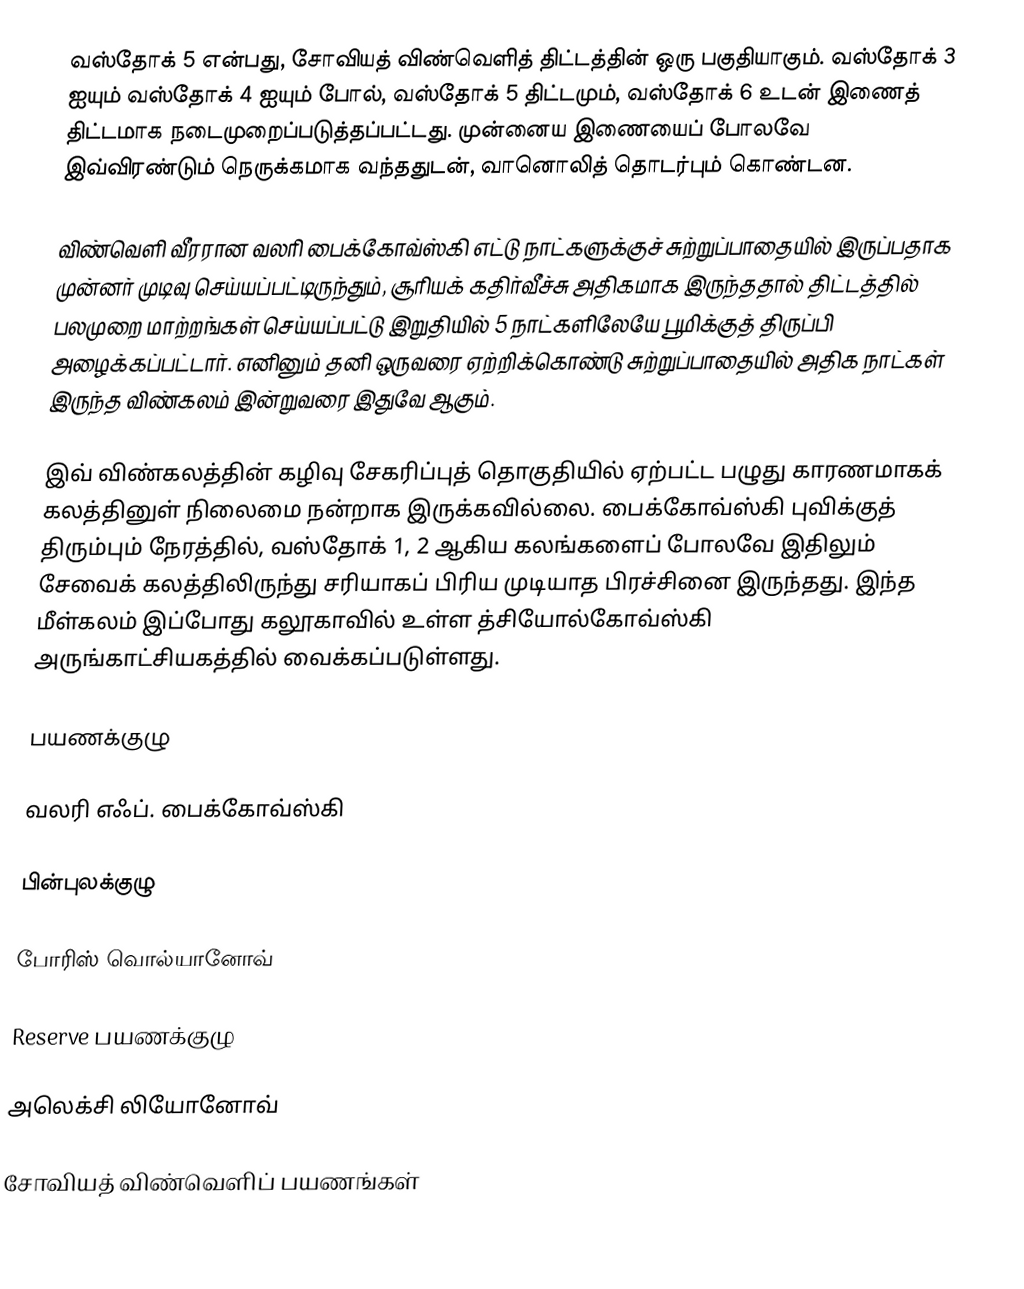
வஸ்தோக் 5 என்பது, சோவியத் விண்வெளித் திட்டத்தின் ஒரு பகுதியாகும். வஸ்தோக் 3 ஐயும் வஸ்தோக் 4 ஐயும் போல், வஸ்தோக் 5 திட்டமும், வஸ்தோக் 6 உடன் இணைத் திட்டமாக நடைமுறைப்படுத்தப்பட்டது. முன்னைய இணையைப் போலவே இவ்விரண்டும் நெருக்கமாக வந்ததுடன், வானொலித் தொடர்பும் கொண்டன.

விண்வெளி வீரரான வலரி பைக்கோவ்ஸ்கி எட்டு நாட்களுக்குச் சுற்றுப்பாதையில் இருப்பதாக முன்னர் முடிவு செய்யப்பட்டிருந்தும், சூரியக் கதிர்வீச்சு அதிகமாக இருந்ததால் திட்டத்தில் பலமுறை மாற்றங்கள் செய்யப்பட்டு இறுதியில் 5 நாட்களிலேயே பூமிக்குத் திருப்பி அழைக்கப்பட்டார். எனினும் தனி ஒருவரை ஏற்றிக்கொண்டு சுற்றுப்பாதையில் அதிக நாட்கள் இருந்த விண்கலம் இன்றுவரை இதுவே ஆகும்.

இவ் விண்கலத்தின் கழிவு சேகரிப்புத் தொகுதியில் ஏற்பட்ட பழுது காரணமாகக் கலத்தினுள் நிலைமை நன்றாக இருக்கவில்லை. பைக்கோவ்ஸ்கி புவிக்குத் திரும்பும் நேரத்தில், வஸ்தோக் 1, 2 ஆகிய கலங்களைப் போலவே இதிலும் சேவைக் கலத்திலிருந்து சரியாகப் பிரிய முடியாத பிரச்சினை இருந்தது. இந்த மீள்கலம் இப்போது கலூகாவில் உள்ள த்சியோல்கோவ்ஸ்கி அருங்காட்சியகத்தில் வைக்கப்படுள்ளது.

பயணக்குழு

 வலரி எஃப். பைக்கோவ்ஸ்கி

பின்புலக்குழு

 போரிஸ் வொல்யானோவ்

Reserve பயணக்குழு

 அலெக்சி லியோனோவ்

சோவியத் விண்வெளிப் பயணங்கள்